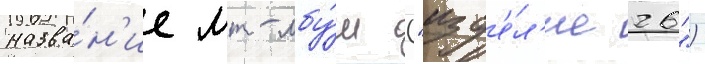
назва́н'ие мт-лбу́ш ("изд'е́л'ие 26")